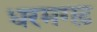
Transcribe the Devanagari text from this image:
धरमगढ़